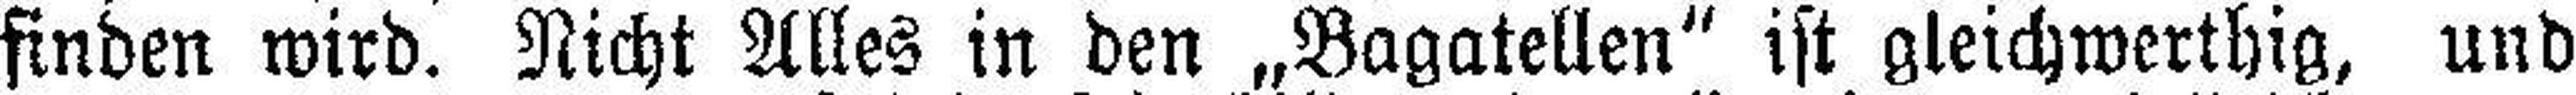
finden wird. Nicht Alles in den „Bagatellen“ ist gleichwerthig, und